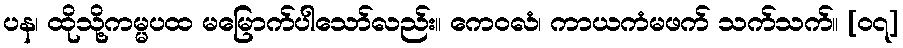
ပန၊ ထိုသို့ကမ္မပထ မမြောက်ပါသော်လည်း။ ကေဝလံ၊ ကာယကံမဖက် သက်သက်။ [၀၇]